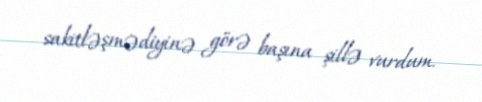
sakitləşmədiyinə görə başına şillə vurdum.